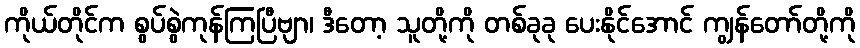
ကိုယ်တိုင်က စွပ်စွဲကုန်ကြပြီဗျာ၊ ဒီတော့ သူတို့ကို တစ်ခုခု ပေးနိုင်အောင် ကျွန်တော်တို့ကို